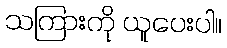
သကြားကို ယူပေးပါ။